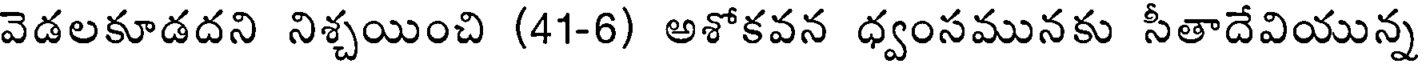
వెడలకూడదని నిశ్చయించి (41-6) అశోకవన ధ్వంసమునకు సీతాదేవియున్న